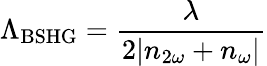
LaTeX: \Lambda_{\mathrm{BSHG}}=\frac{\lambda}{2|n_{2\omega}+n_{\omega}|}